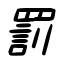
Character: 罰